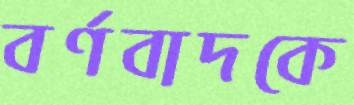
বর্ণবাদকে